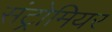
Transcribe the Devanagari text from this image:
संट्रोमियर